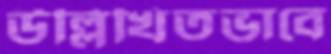
উল্লিখিতভাবে